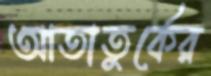
আতাতুর্কের